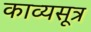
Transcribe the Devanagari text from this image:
काव्यसूत्र